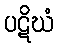
ပဋိဃံ